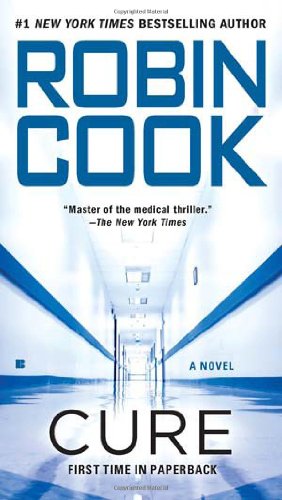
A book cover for Cure; Robin Cook; Mystery, Thriller & Suspense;